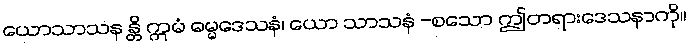
ယောသာသန န္တိ ဣမံ ဓမ္မဒေသနံ၊ ယော သာသနံ -စသော ဤတရားဒေသနာကို။